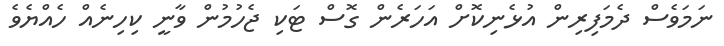
ނަމަވެސް ދެމަފިރިން އުޅެނިކޮށް އަހަރެން ގޮސް ޓަކި ޖެހުމުން ވާނީ ކިހިނެއް ހެއްޔެވެ